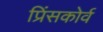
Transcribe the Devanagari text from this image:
प्रिंसकोर्व